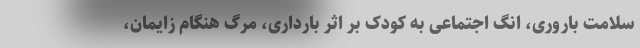
سلامت باروری، انگ اجتماعی به کودک بر اثر بارداری، مرگ هنگام زایمان،